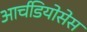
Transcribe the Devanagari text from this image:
आर्चडियोसेस